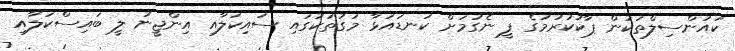
ކައުންސިލްތަކުން ޕާކުކުރުމުގެ ފީ ނެގުމަށް ކަނޑައަޅާ މަގުތަކުގައި ސައިކަލާއި އިންޖީނު ލީ ބައިސްކަލާއި